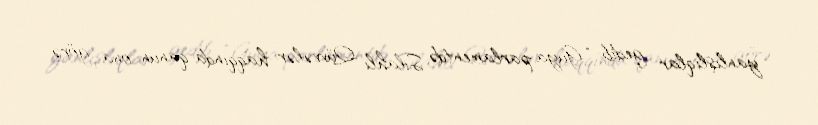
yanlışlıqlar gedib: “Guya parlamentdə Silahlı Qüvvələr haqqında qanun ona görə